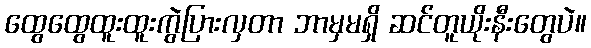
ထွေထွေထူးထူးကွဲပြားလှတာ ဘာမှမရှိ ဆင်တူယိုးနီးတွေပဲ။